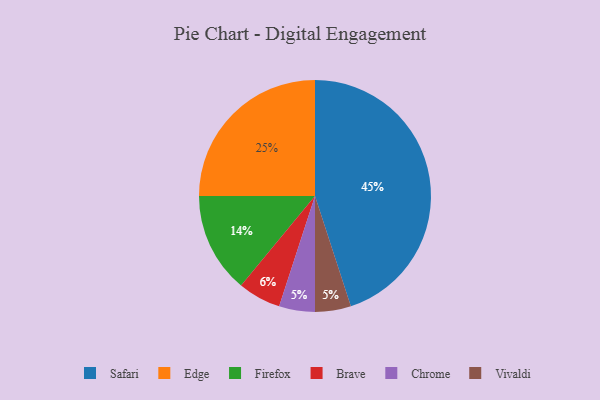
{"axis": {"x": "Category", "y": "Percentage"}, "legend": ["Brave", "Chrome", "Edge", "Firefox", "Safari", "Vivaldi"], "data": [{"x": "Safari", "y": 45, "type": "Safari"}, {"x": "Edge", "y": 25, "type": "Edge"}, {"x": "Chrome", "y": 5, "type": "Chrome"}, {"x": "Vivaldi", "y": 5, "type": "Vivaldi"}, {"x": "Brave", "y": 6, "type": "Brave"}, {"x": "Firefox", "y": 14, "type": "Firefox"}]}